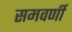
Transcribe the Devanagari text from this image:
समवर्णी